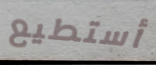
أستطيع